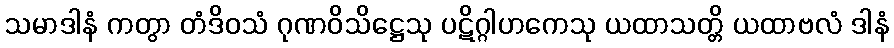
သမာဒါနံ ကတွာ တံဒိဝသံ ဂုဏဝိသိဋ္ဌေသု ပဋိဂ္ဂါဟကေသု ယထာသတ္တိ ယထာဗလံ ဒါနံ